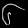
Digit: ၆